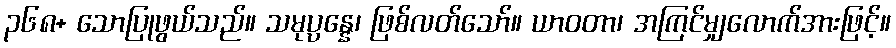
၃၆၈+ သောပြုဖွယ်သည်။ သမုပ္ပန္နေ၊ ဖြစ်လတ်သော်။ ယာဝတာ၊ အကြင်မျှလောက်အားဖြင့်။